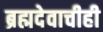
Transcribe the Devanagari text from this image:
ब्रह्मदेवाचीही